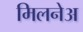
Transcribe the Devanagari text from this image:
मिलनेअ